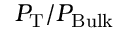
P _ { \mathrm { T } } / P _ { \mathrm { B u l k } }